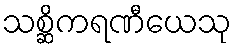
သစ္ဆိကရဏီယေသု